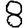
Digit: 8